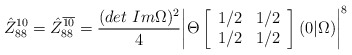
\begin{align*}\hat {Z}_{88}^{10}= \hat {Z} _{88}^{\overline {10}} = \frac {(det \ Im \Omega)^2}{4} \biggl\vert \Theta \left[ \begin {array}{ll} 1/2 & 1/2\\1/2 & 1/2\end{array} \right] (0 \vert \Omega ) \biggr\vert ^8\end{align*}